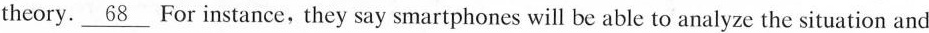
theory.\underline{68} For instance, they say smartphones will be able to analyze the situation and